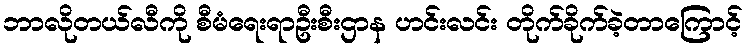
ဘာလိုတယ်လီကို စီမံရေးရာဦးစီးဌာန ဟင်းလင်း တိုက်ခိုက်ခဲ့တာကြောင့်